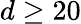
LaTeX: d\geq 20